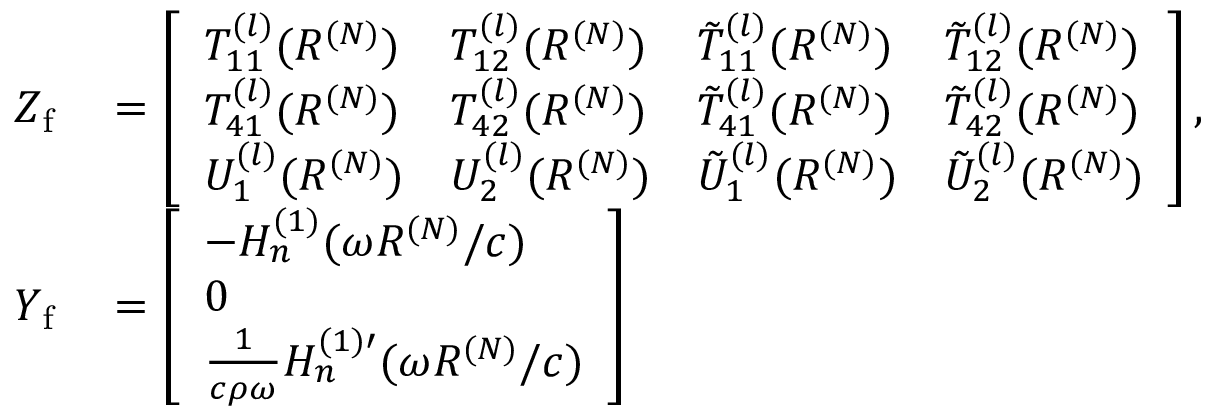
\begin{array} { r l } { Z _ { \mathrm { f } } } & { { } = \left[ \begin{array} { l l l l } { T _ { 1 1 } ^ { ( l ) } ( R ^ { ( N ) } ) } & { T _ { 1 2 } ^ { ( l ) } ( R ^ { ( N ) } ) } & { \tilde { T } _ { 1 1 } ^ { ( l ) } ( R ^ { ( N ) } ) } & { \tilde { T } _ { 1 2 } ^ { ( l ) } ( R ^ { ( N ) } ) } \\ { T _ { 4 1 } ^ { ( l ) } ( R ^ { ( N ) } ) } & { T _ { 4 2 } ^ { ( l ) } ( R ^ { ( N ) } ) } & { \tilde { T } _ { 4 1 } ^ { ( l ) } ( R ^ { ( N ) } ) } & { \tilde { T } _ { 4 2 } ^ { ( l ) } ( R ^ { ( N ) } ) } \\ { U _ { 1 } ^ { ( l ) } ( R ^ { ( N ) } ) } & { U _ { 2 } ^ { ( l ) } ( R ^ { ( N ) } ) } & { \tilde { U } _ { 1 } ^ { ( l ) } ( R ^ { ( N ) } ) } & { \tilde { U } _ { 2 } ^ { ( l ) } ( R ^ { ( N ) } ) } \end{array} \right] , } \\ { Y _ { \mathrm { f } } } & { { } = \left[ \begin{array} { l } { - H _ { n } ^ { ( 1 ) } ( \omega R ^ { ( N ) } / c ) } \\ { 0 } \\ { \frac { 1 } { c \rho \omega } H _ { n } ^ { ( 1 ) \prime } ( \omega R ^ { ( N ) } / c ) } \end{array} \right] } \end{array}